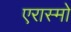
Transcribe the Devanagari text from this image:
एरास्मो